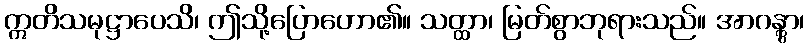
ဣတိသမုဋ္ဌာပေသိ၊ ဤသို့ပြောဟော၏။ သတ္ထာ၊ မြတ်စွာဘုရားသည်။ အာဂန္တွာ၊